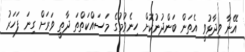
އޭނާ ވިދާޅުވީ އެތަން ބަންދުނުކޮށް ހިނެވުމުގެ މަސައްކަތްތަ ދާތީ ވަރަށް ގިނަ ފަހަރު